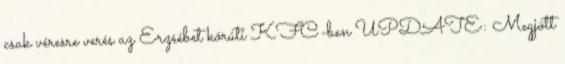
csak véresre verés az Erzsébet körúti KFC-ben UPDATE: Megjött